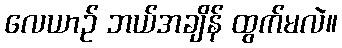
လေယာဉ် ဘယ်အချိန် ထွက်မလဲ။